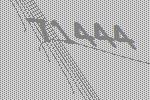
71444